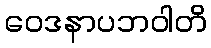
ဝေဒနာပဘဝါတိ